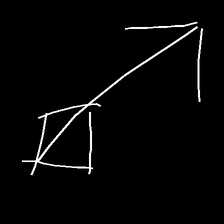
Glyph: focus